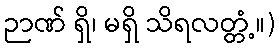
ဉာဏ် ရှိ၊ မရှိ သိရလတ္တံ့။)